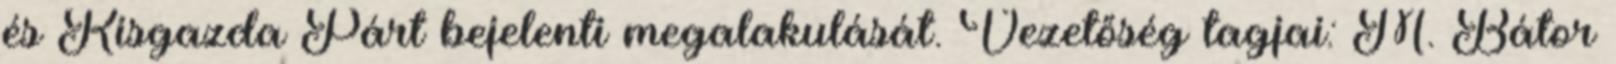
és Kisgazda Párt bejelenti megalakulását. Vezetőség tagjai: M. Bátor